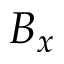
B _ { x }